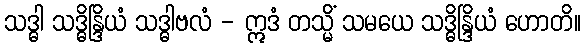
သဒ္ဓါ သဒ္ဓိန္ဒြိယံ သဒ္ဓါဗလံ - ဣဒံ တသ္မိံ သမယေ သဒ္ဓိန္ဒြိယံ ဟောတိ။